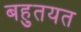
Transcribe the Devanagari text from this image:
बहुतयत